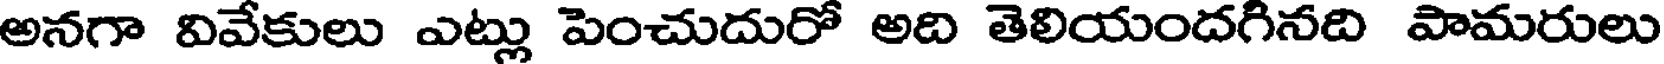
అనగా వివేకులు ఎట్లు పెంచుదురో అది తెలియందగినది పామరులు